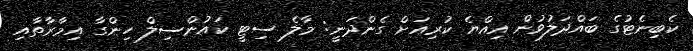
ކެބިނެޓުގެ ބައްދަލުވުން އިއްޔެ ކުރިއަށް ގެންދަނީ: މާލެ ސިޓީ ކައުންސިލް ހިންގާ އިމާރާތާއި